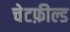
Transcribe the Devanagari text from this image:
चेटफ़ील्ड